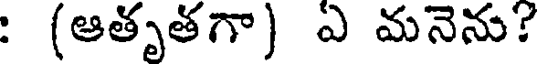
: (ఆతృతగా) ఏ మనెను?